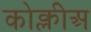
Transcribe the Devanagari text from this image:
कोक्लीअ